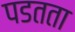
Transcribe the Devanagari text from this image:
पडतता